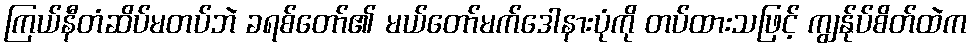
ကြယ်နီတံဆိပ်မတပ်ဘဲ ခရစ်တော်၏ မယ်တော်မက်ဒေါနားပုံကို တပ်ထားသဖြင့် ကျွန်ုပ်စိတ်ထဲက